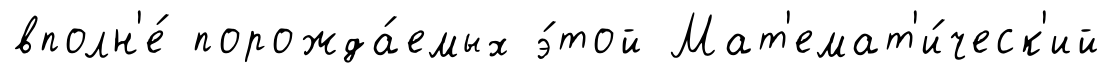
вполн'е́ порожда́емых э́той Мат'емат'и́ческ'ий